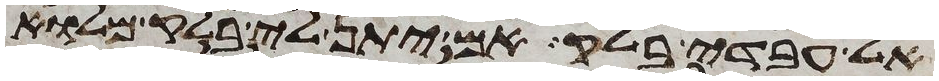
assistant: אל עבדי בלק אם יתן לי בלק מלוא